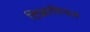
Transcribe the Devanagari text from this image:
डिफ्रंशियल